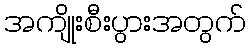
အကျိုးစီးပွားအတွက်